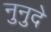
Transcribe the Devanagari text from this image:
नुनुदे